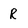
Character: R